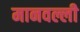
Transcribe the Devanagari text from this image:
मानवल्ली